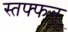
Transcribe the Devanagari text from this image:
स्तफ्फन्